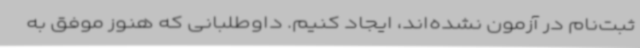
ثبت‌نام در آزمون نشده‌اند، ایجاد کنیم. داوطلبانی که هنوز موفق به